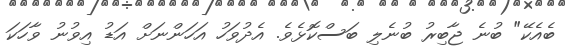
ބެއެކޭ" ބުނެ ޖާބިރު ބުނެލި ބަސްކޮޅެވެ. އެދުވަހު އަހަންނަށް އަޑު އިވުނު ވާހަކަ